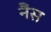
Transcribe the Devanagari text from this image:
नैंस